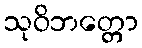
သုဝိဘတ္တော